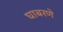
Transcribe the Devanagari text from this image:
घाबरणे